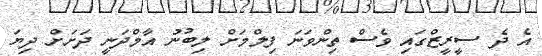
އެ ދެ ސީރީޒްގައި ވެސް ތިންވަނަ ފިލްމަށް ލިބުނު އާމްދަނީ ދަށަށް ދިޔަ